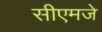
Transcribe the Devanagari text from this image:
सीएमजे